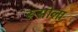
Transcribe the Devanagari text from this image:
रूसोला